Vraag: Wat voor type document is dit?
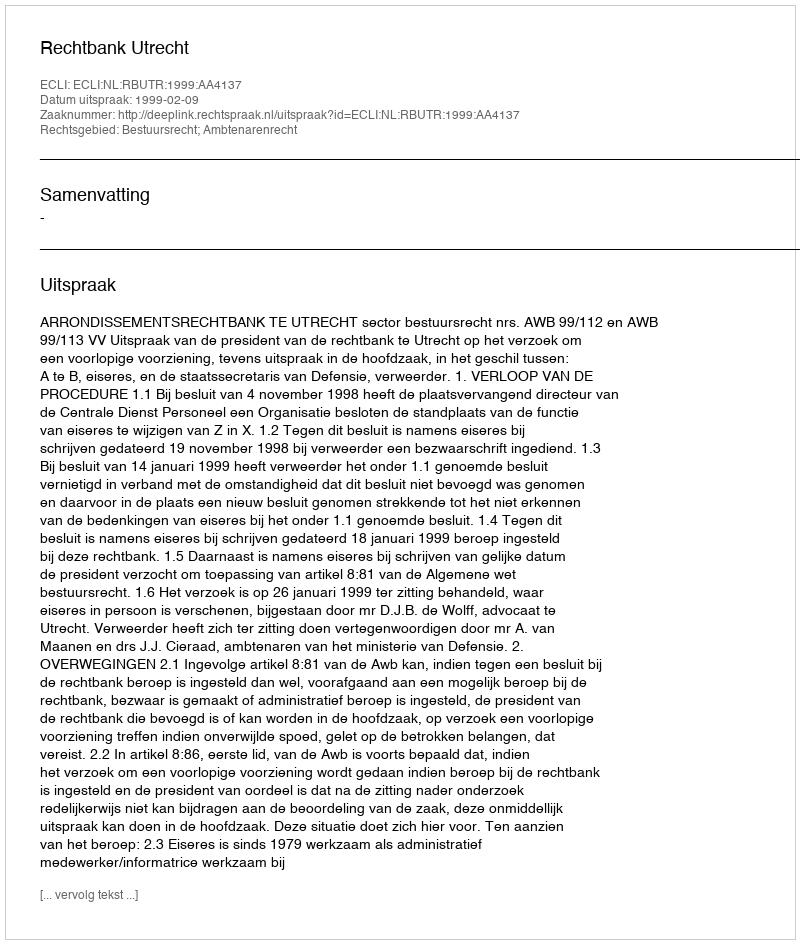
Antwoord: Uitspraak